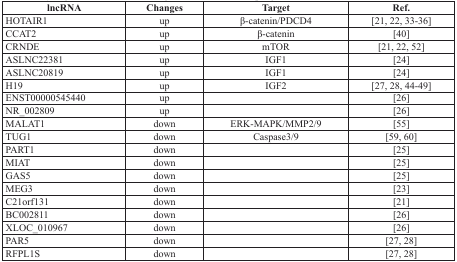
<table><thead><tr><td><b>lncRNA</b></td><td><b>Changes</b></td><td><b>Target</b></td><td><b>Ref.</b></td></tr></thead><tbody><tr><td>HOTAIR1</td><td>up</td><td>β-catenin/PDCD4</td><td>[21, 22, 33–36]</td></tr><tr><td>CCAT2</td><td>up</td><td>β-catenin</td><td>[40]</td></tr><tr><td>CRNDE</td><td>up</td><td>mTOR</td><td>[21, 22, 52]</td></tr><tr><td>ASLNC22381</td><td>up</td><td>IGF1</td><td>[24]</td></tr><tr><td>ASLNC20819</td><td>up</td><td>IGF1</td><td>[24]</td></tr><tr><td>H19</td><td>up</td><td>IGF2</td><td>[27, 28, 44–49]</td></tr><tr><td>ENST00000545440</td><td>up</td><td></td><td>[26]</td></tr><tr><td>NR_002809</td><td>up</td><td></td><td>[26]</td></tr><tr><td>MALAT1</td><td>down</td><td>ERK-MAPK/MMP2/9</td><td>[55]</td></tr><tr><td>TUG1</td><td>down</td><td>Caspase3/9</td><td>[59, 60]</td></tr><tr><td>PART1</td><td>down</td><td></td><td>[25]</td></tr><tr><td>MIAT</td><td>down</td><td></td><td>[25]</td></tr><tr><td>GAS5</td><td>down</td><td></td><td>[25]</td></tr><tr><td>MEG3</td><td>down</td><td></td><td>[23]</td></tr><tr><td>C21orf131</td><td>down</td><td></td><td>[21]</td></tr><tr><td>BC002811</td><td>down</td><td></td><td>[26]</td></tr><tr><td>XLOC_010967</td><td>down</td><td></td><td>[26]</td></tr><tr><td>PAR5</td><td>down</td><td></td><td>[27, 28]</td></tr><tr><td>RFPL1S</td><td>down</td><td></td><td>[27, 28]</td></tr></tbody></table>